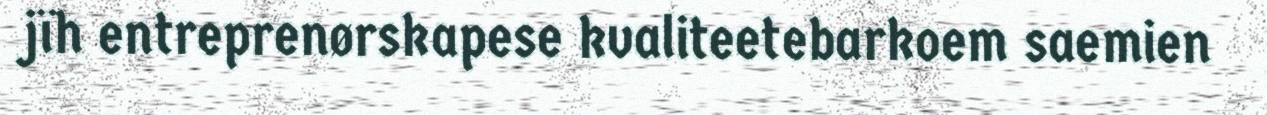
jïh entreprenørskapese kvaliteetebarkoem saemien